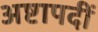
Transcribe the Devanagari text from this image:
अष्टापदीं